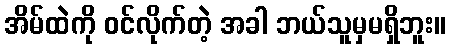
အိမ်ထဲကို ဝင်လိုက်တဲ့ အခါ ဘယ်သူမှမရှိဘူး။